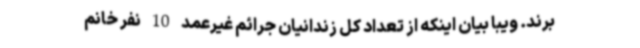
برند. ویبا بیان اینکه از تعداد کل زندانیان جرائم غیرعمد 10 نفر خانم